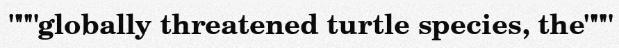
"""globally threatened turtle species, the"""